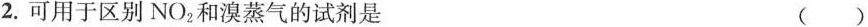
2.可用于区别NO2和溴蒸气的试剂是 (